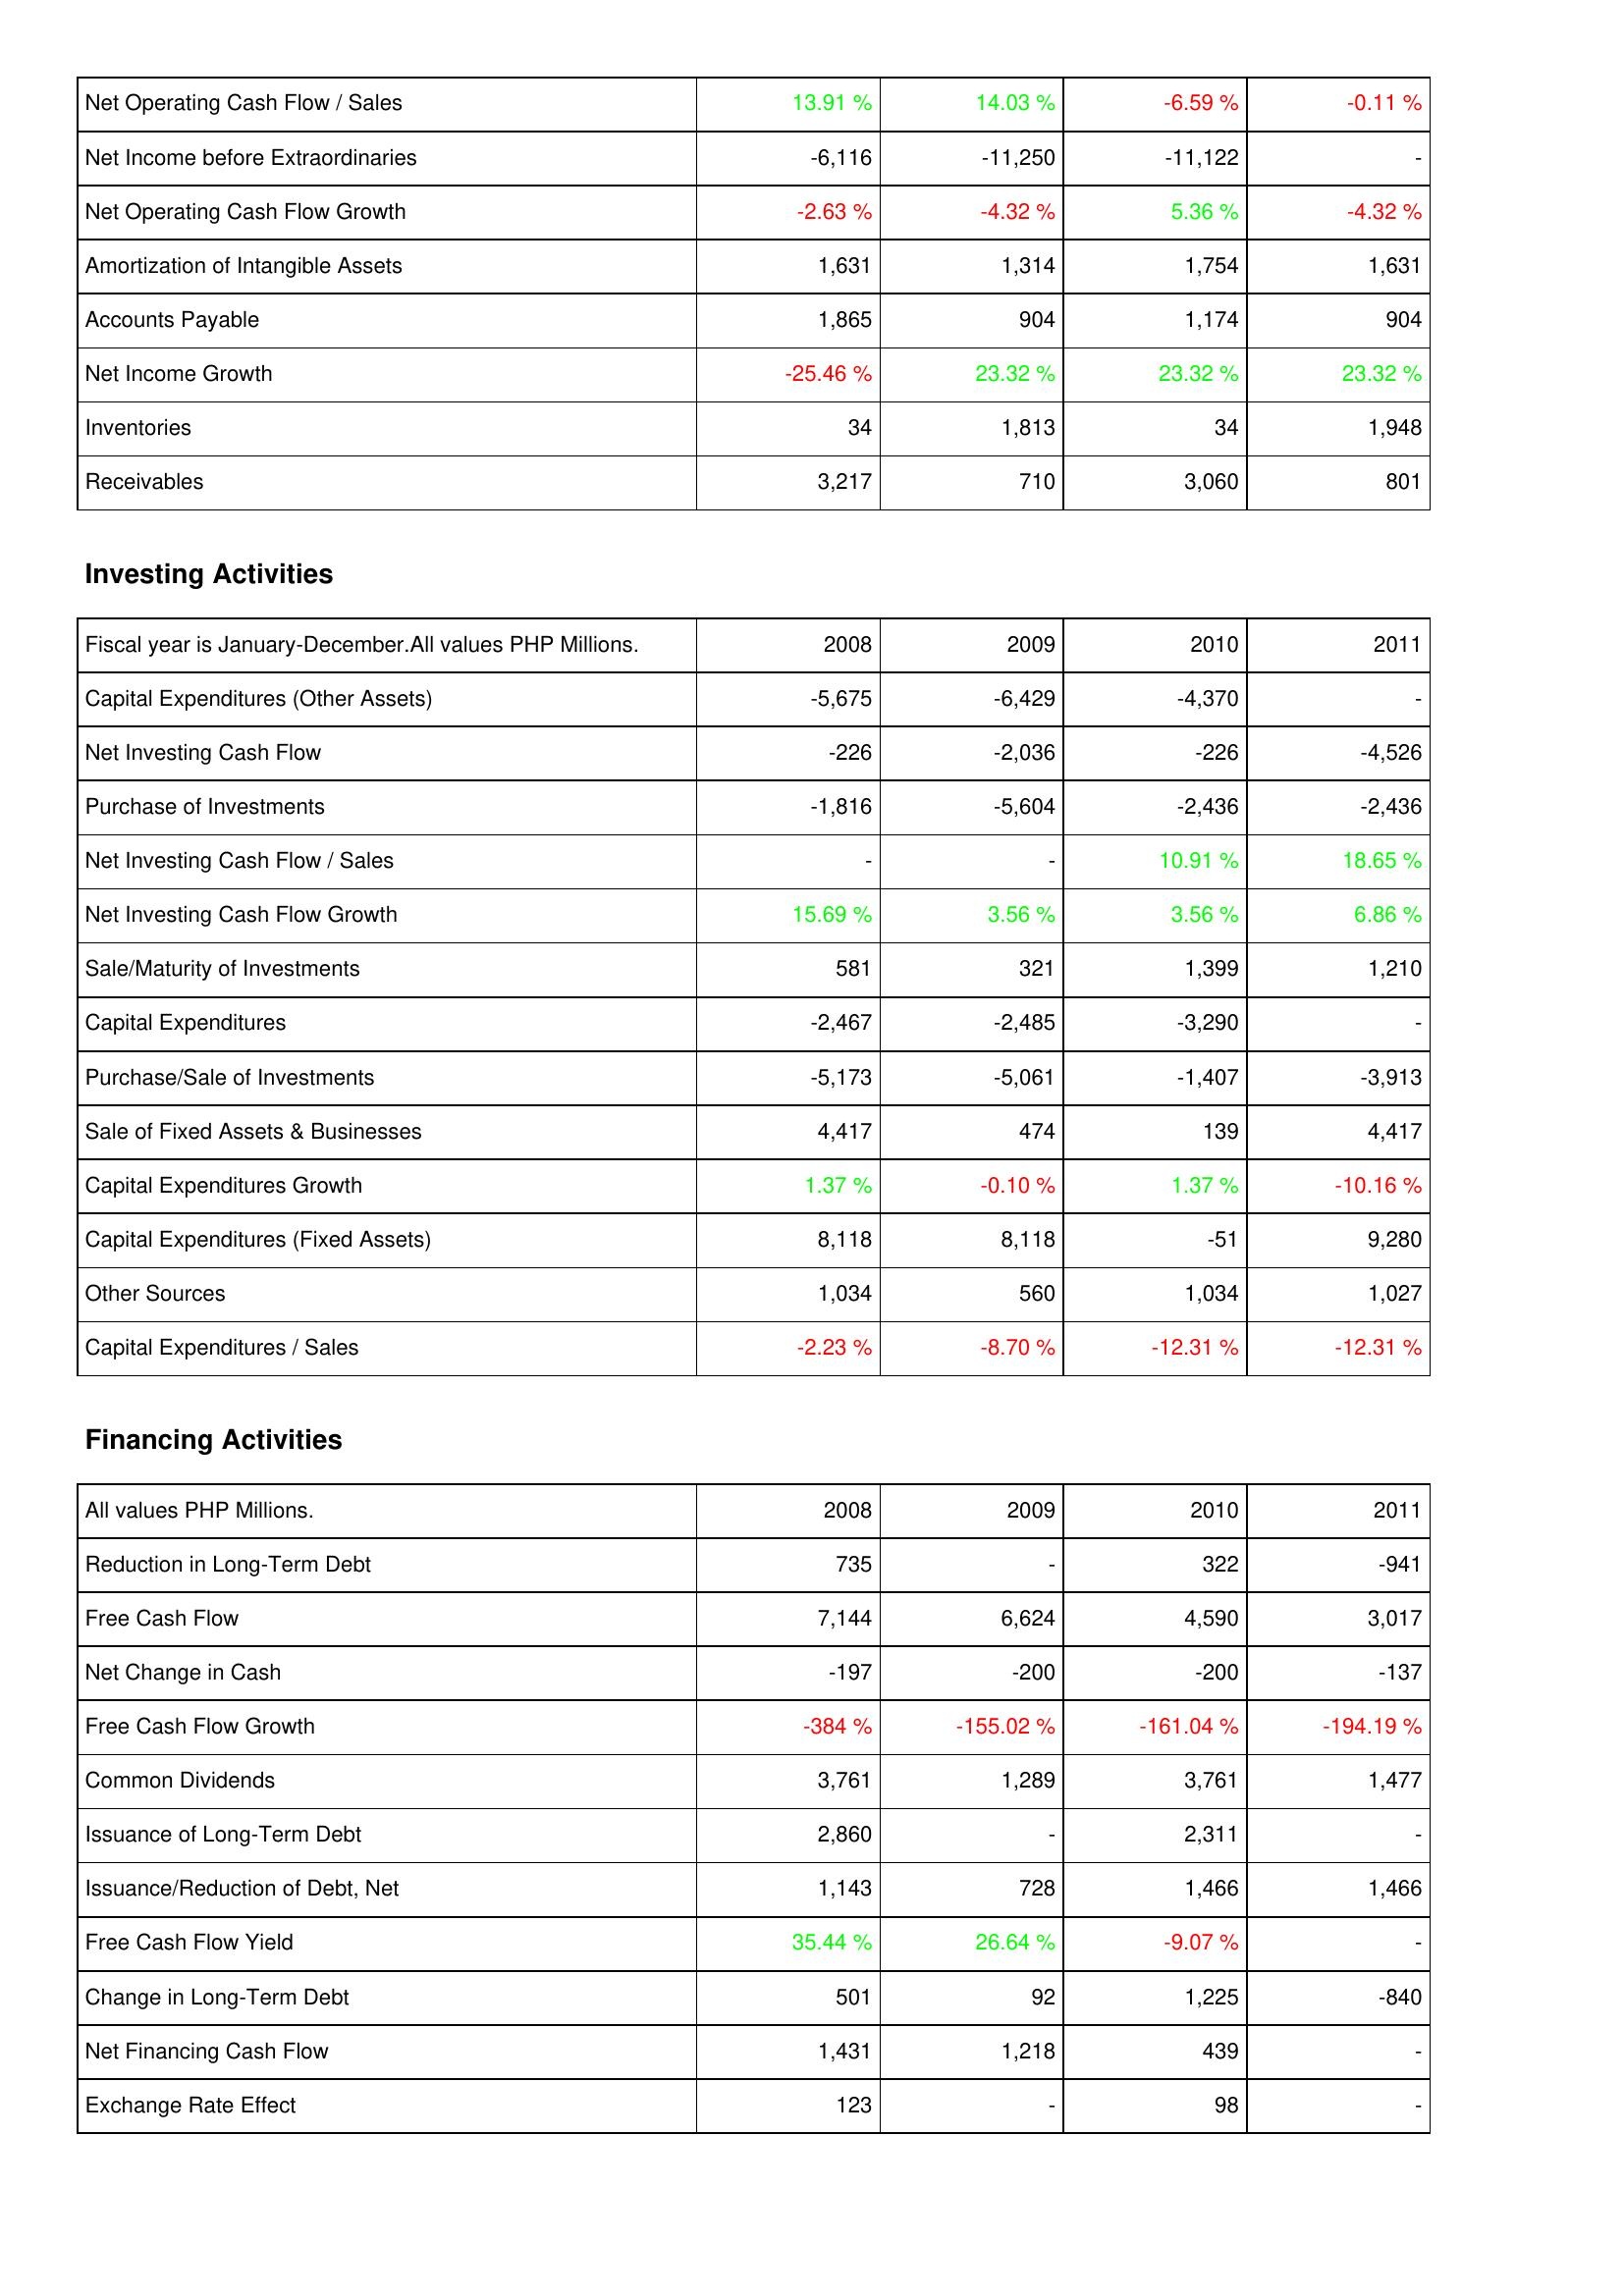
2008: Operating Activities: Net Operating Cash Flow / Sales: 13.91 %
Net Income before Extraordinaries: -6,116
Net Operating Cash Flow Growth: -2.63 %
Amortization of Intangible Assets: 1,631
Accounts Payable: 1,865
Net Income Growth: -25.46 %
Inventories: 34
Receivables: 3,217
Investing Activities: Capital Expenditures (Other Assets): -5,675
Net Investing Cash Flow: -226
Purchase of Investments: -1,816
Net Investing Cash Flow / Sales: -
Net Investing Cash Flow Growth: 15.69 %
Sale/Maturity of Investments: 581
Capital Expenditures: -2,467
Purchase/Sale of Investments: -5,173
Sale of Fixed Assets & Businesses: 4,417
Capital Expenditures Growth: 1.37 %
Capital Expenditures (Fixed Assets): 8,118
Other Sources: 1,034
Capital Expenditures / Sales: -2.23 %
Financing Activities: Reduction in Long-Term Debt: 735
Free Cash Flow: 7,144
Net Change in Cash: -197
Free Cash Flow Growth: -384 %
Common Dividends: 3,761
Issuance of Long-Term Debt: 2,860
Issuance/Reduction of Debt, Net: 1,143
Free Cash Flow Yield: 35.44 %
Change in Long-Term Debt: 501
Net Financing Cash Flow: 1,431
Exchange Rate Effect: 123
2009: Operating Activities: Net Operating Cash Flow / Sales: 14.03 %
Net Income before Extraordinaries: -11,250
Net Operating Cash Flow Growth: -4.32 %
Amortization of Intangible Assets: 1,314
Accounts Payable: 904
Net Income Growth: 23.32 %
Inventories: 1,813
Receivables: 710
Investing Activities: Capital Expenditures (Other Assets): -6,429
Net Investing Cash Flow: -2,036
Purchase of Investments: -5,604
Net Investing Cash Flow / Sales: -
Net Investing Cash Flow Growth: 3.56 %
Sale/Maturity of Investments: 321
Capital Expenditures: -2,485
Purchase/Sale of Investments: -5,061
Sale of Fixed Assets & Businesses: 474
Capital Expenditures Growth: -0.10 %
Capital Expenditures (Fixed Assets): 8,118
Other Sources: 560
Capital Expenditures / Sales: -8.70 %
Financing Activities: Reduction in Long-Term Debt: -
Free Cash Flow: 6,624
Net Change in Cash: -200
Free Cash Flow Growth: -155.02 %
Common Dividends: 1,289
Issuance of Long-Term Debt: -
Issuance/Reduction of Debt, Net: 728
Free Cash Flow Yield: 26.64 %
Change in Long-Term Debt: 92
Net Financing Cash Flow: 1,218
Exchange Rate Effect: -
2010: Operating Activities: Net Operating Cash Flow / Sales: -6.59 %
Net Income before Extraordinaries: -11,122
Net Operating Cash Flow Growth: 5.36 %
Amortization of Intangible Assets: 1,754
Accounts Payable: 1,174
Net Income Growth: 23.32 %
Inventories: 34
Receivables: 3,060
Investing Activities: Capital Expenditures (Other Assets): -4,370
Net Investing Cash Flow: -226
Purchase of Investments: -2,436
Net Investing Cash Flow / Sales: 10.91 %
Net Investing Cash Flow Growth: 3.56 %
Sale/Maturity of Investments: 1,399
Capital Expenditures: -3,290
Purchase/Sale of Investments: -1,407
Sale of Fixed Assets & Businesses: 139
Capital Expenditures Growth: 1.37 %
Capital Expenditures (Fixed Assets): -51
Other Sources: 1,034
Capital Expenditures / Sales: -12.31 %
Financing Activities: Reduction in Long-Term Debt: 322
Free Cash Flow: 4,590
Net Change in Cash: -200
Free Cash Flow Growth: -161.04 %
Common Dividends: 3,761
Issuance of Long-Term Debt: 2,311
Issuance/Reduction of Debt, Net: 1,466
Free Cash Flow Yield: -9.07 %
Change in Long-Term Debt: 1,225
Net Financing Cash Flow: 439
Exchange Rate Effect: 98
2011: Operating Activities: Net Operating Cash Flow / Sales: -0.11 %
Net Income before Extraordinaries: -
Net Operating Cash Flow Growth: -4.32 %
Amortization of Intangible Assets: 1,631
Accounts Payable: 904
Net Income Growth: 23.32 %
Inventories: 1,948
Receivables: 801
Investing Activities: Capital Expenditures (Other Assets): -
Net Investing Cash Flow: -4,526
Purchase of Investments: -2,436
Net Investing Cash Flow / Sales: 18.65 %
Net Investing Cash Flow Growth: 6.86 %
Sale/Maturity of Investments: 1,210
Capital Expenditures: -
Purchase/Sale of Investments: -3,913
Sale of Fixed Assets & Businesses: 4,417
Capital Expenditures Growth: -10.16 %
Capital Expenditures (Fixed Assets): 9,280
Other Sources: 1,027
Capital Expenditures / Sales: -12.31 %
Financing Activities: Reduction in Long-Term Debt: -941
Free Cash Flow: 3,017
Net Change in Cash: -137
Free Cash Flow Growth: -194.19 %
Common Dividends: 1,477
Issuance of Long-Term Debt: -
Issuance/Reduction of Debt, Net: 1,466
Free Cash Flow Yield: -
Change in Long-Term Debt: -840
Net Financing Cash Flow: -
Exchange Rate Effect: -